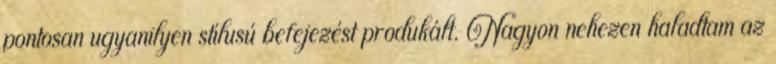
pontosan ugyanilyen stílusú befejezést produkált. Nagyon nehezen haladtam az